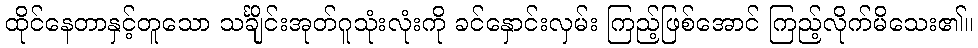
ထိုင်နေတာနှင့်တူသော သင်္ချိုင်းအုတ်ဂူသုံးလုံးကို ခင်နှောင်းလှမ်း ကြည့်ဖြစ်အောင် ကြည့်လိုက်မိသေး၏။